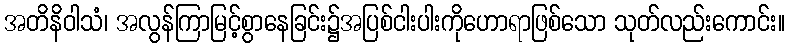
အတိနိဝါသံ၊ အလွန်ကြာမြင့်စွာနေခြင်း၌အပြစ်ငါးပါးကိုဟောရာဖြစ်သော သုတ်လည်းကောင်း။